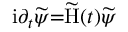
\mathrm { i } \partial _ { t } \widetilde { \psi } { = } \widetilde \mathrm { H } ( t ) \widetilde { \psi }